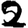
Digit: 2